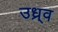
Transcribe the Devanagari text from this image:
उध्र्व